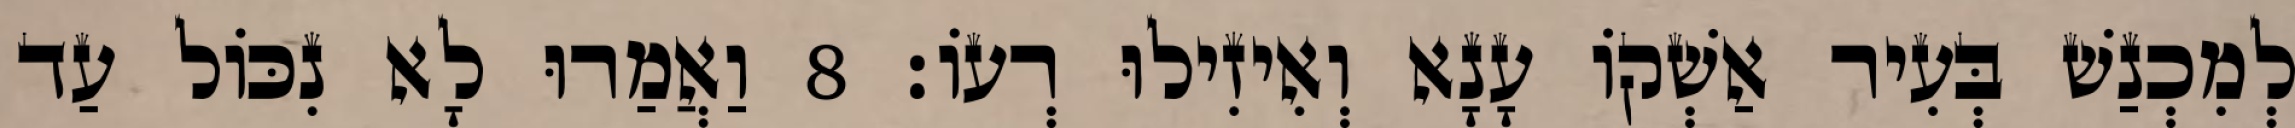
לְמִכְנַשׁ בְּעִיר אַשְׁקוֹ עָנָא וְאִיזִילוּ רְעוֹ׃ 8 וַאֲמַרוּ לָא נִכּוֹל עַד